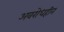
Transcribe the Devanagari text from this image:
अवरोधहीन